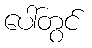
ပေါ်တွင်